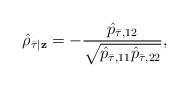
LaTeX: \begin{align*}\hat{\rho}_{\bar{\tau}|\mathbf{z}}=-\frac{\hat{p}_{\bar{\tau},12}}{\sqrt{\hat{p}_{\bar{\tau},11}\hat{p}_{\bar{\tau},22}}}, \end{align*}